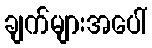
ချက်များအပေါ်